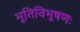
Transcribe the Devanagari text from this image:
भूतिविभूषणः